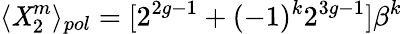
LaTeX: \langle\mathit{X}_{2}^{m}\rangle_{pol}=[2^{2g-1}+(-1)^{k}2^{3g-1}]\beta^{k}